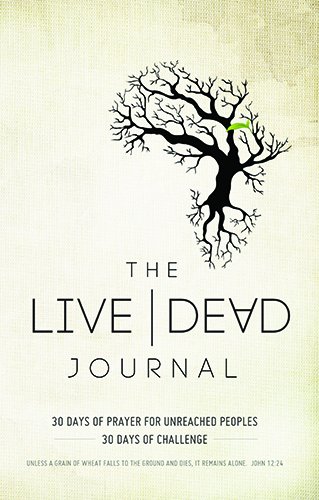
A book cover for Live Dead Journal: 30 Days of Prayer for Unreached Peoples, 30 Days of Challenge; AG World Missions; Christian Books & Bibles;